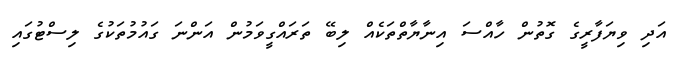
އަދި ވިޔަފާރީގެ ގޮތުން ހާއްސަ އިނާޔާތްތަކެއް ލިބޭ ތަރައްގީވަމުން އަންނަ ގައުމުތަކުގެ ލިސްޓުގައި